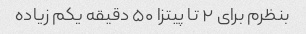
بنظرم برای ۲ تا پیتزا ۵۰ دقیقه یکم زیاده